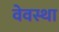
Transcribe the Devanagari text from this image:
वेवस्था